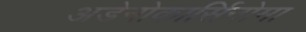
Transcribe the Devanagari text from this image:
अडेनोकार्सिनोमा